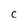
Character: C